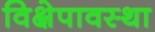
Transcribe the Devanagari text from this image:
विक्षेपावस्था